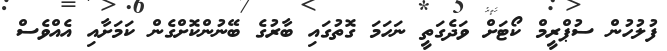
ފުލުހުން ސުޕްރީމް ކޯޓަށް ވަދެގަތީ ނަހަމަ ގޮތުގައި ބާރުގެ ބޭނުންކޮށްގެން ކަމަށާއި އެއްވެސް